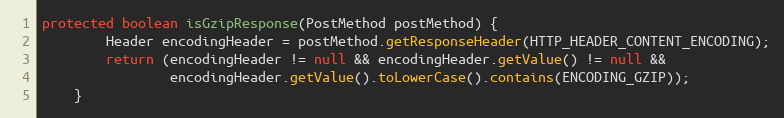
Language: Java
protected boolean isGzipResponse(PostMethod postMethod) {
        Header encodingHeader = postMethod.getResponseHeader(HTTP_HEADER_CONTENT_ENCODING);
        return (encodingHeader != null && encodingHeader.getValue() != null &&
                encodingHeader.getValue().toLowerCase().contains(ENCODING_GZIP));
    }